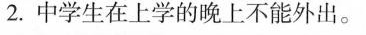
2.中学生在上学的晚上不能外出.